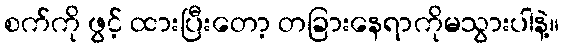
စက်ကို ဖွင့် ထားပြီးတော့ တခြားနေရာကိုမသွားပါနဲ့။